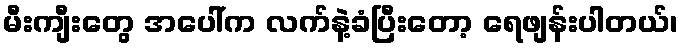
မီးကျီးတွေ အပေါ်က လက်နဲ့ခံပြီးတော့ ရေဖျန်းပါတယ်၊